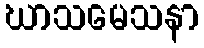
ဃာသမေသနာ